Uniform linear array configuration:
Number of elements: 16
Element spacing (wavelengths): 0.75
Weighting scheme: hamming
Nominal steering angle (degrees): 60
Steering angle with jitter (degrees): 61.127
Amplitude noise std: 0.05
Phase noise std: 0.05

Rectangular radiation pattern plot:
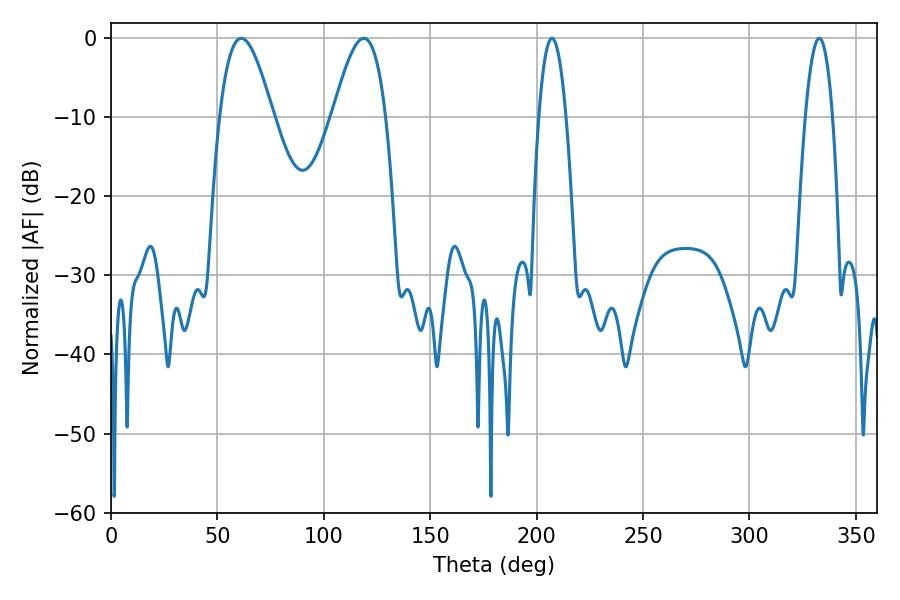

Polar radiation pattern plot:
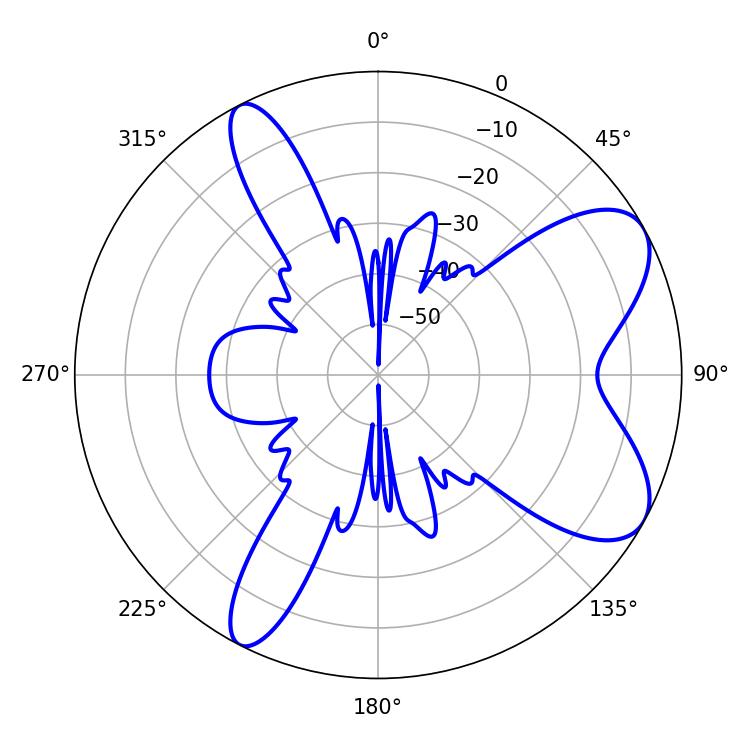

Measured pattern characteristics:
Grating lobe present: TRUE
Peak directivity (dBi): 7.66
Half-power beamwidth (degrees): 13.5
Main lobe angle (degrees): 61.2